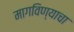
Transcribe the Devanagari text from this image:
मागविण्याचा